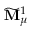
\widetilde { \mathbf { M } } _ { \mu } ^ { 1 }